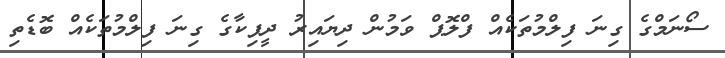
ސޯނަމްގެ ގިނަ ފިލްމުތަކެއް ފްލޮޕް ވަމުން ދިޔައިރު ދީޕިކާގެ ގިނަ ފިލްމުތަކެއް ބޮޑެތި